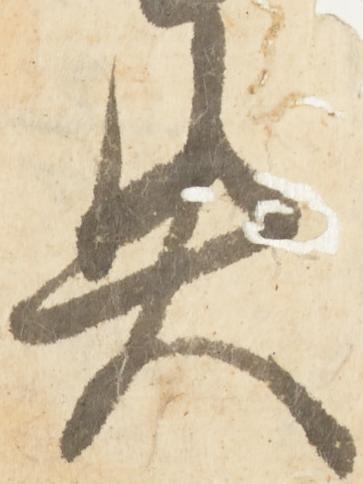
失